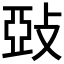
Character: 𱡙